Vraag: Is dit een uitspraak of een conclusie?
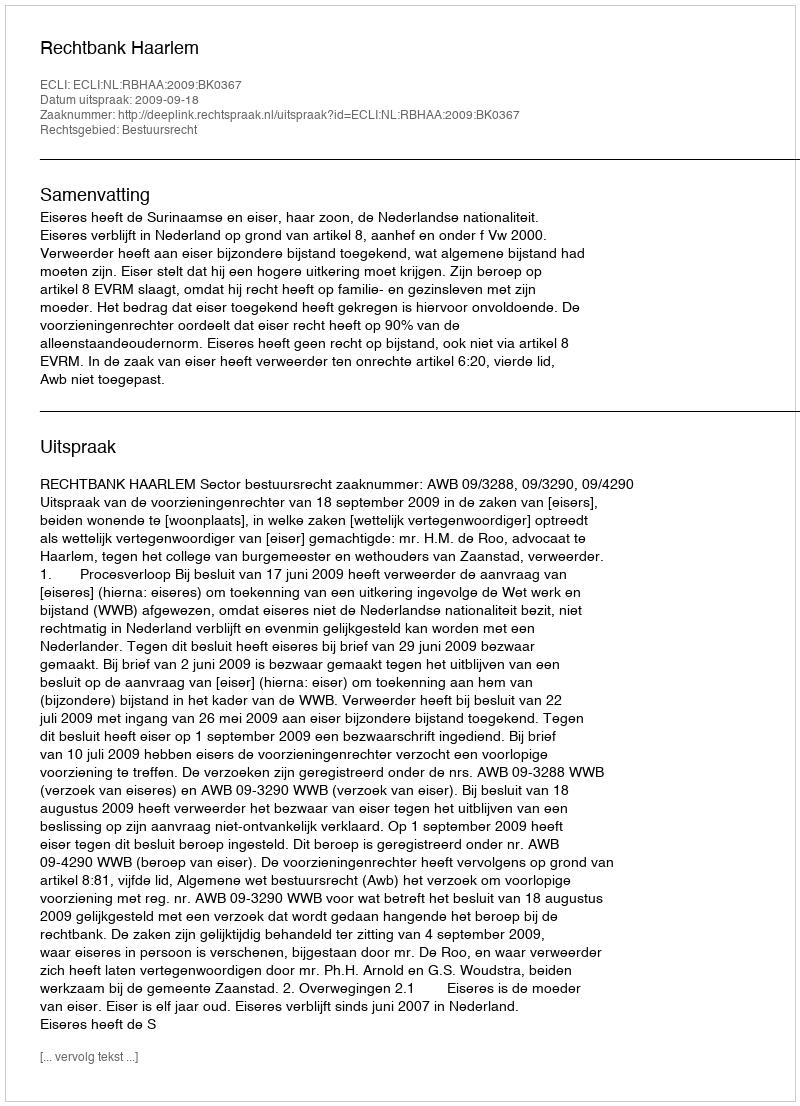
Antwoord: Uitspraak